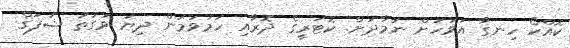
ކޮއްކޯ ހިނގާ އަވަހަށް ނަމާދަށް. ކޮޓަރީގެ ދޮރާއި ހަމަވަމުން ދިޔަ ވަގުތު ޝަފަޤް